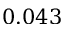
0 . 0 4 3